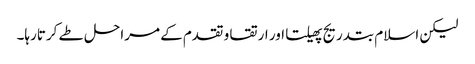
لیکن اسلام بتدریج پھیلتا اور ارتقا و تقدم کے مراحل طے کرتارہا۔